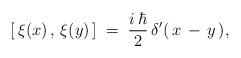
LaTeX: \begin{align*}\left[\,\xi(x)\,,\,\xi(y)\,\right] \;=\; \frac{i\,\hbar}{2}\,\delta'(\,x\,-\,y\,),\end{align*}